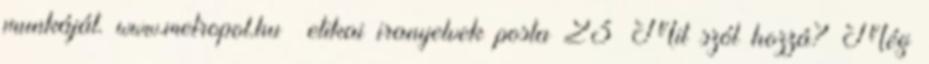
munkáját. www.metropol.hu etikai iranyelvek posta 23 Mit szól hozzá? Még